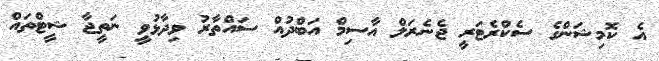
އެ ކޮމިޝަންގެ ސެކްރެޓަރީ ޖެނެރަލް އާސިމް އަބްދުއް ސައްތާރު ވިދާޅުވީ ނަތީޖާ ޝީޓްތައް